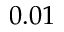
0 . 0 1